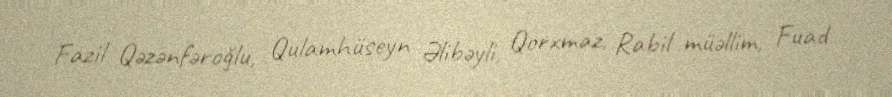
Fazil Qəzənfəroğlu, Qulamhüseyn Əlibəyli, Qorxmaz, Rabil müəllim, Fuad